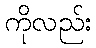
ကိုလည်း